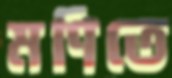
মণিতে